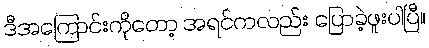
ဒီအကြောင်းကိုတော့ အရင်ကလည်း ပြောခဲ့ဖူးပါပြီ။